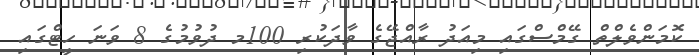
ކޮމަންވެލްތް ގޭމްސްގައި މިއަދު ރާއްޖޭގެ ވާދަކުރި 100މ ދުވުމުގެ 8 ވަނަ ހީޓްގައި